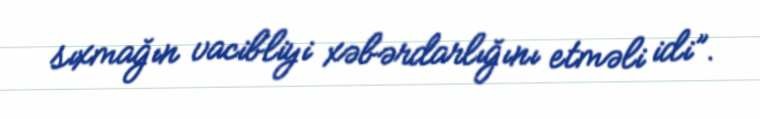
sıxmağın vacibliyi xəbərdarlığını etməli idi”.